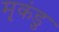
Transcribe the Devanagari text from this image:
मृकंडु